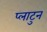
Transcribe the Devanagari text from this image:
प्लाटुन